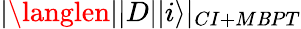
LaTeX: |\langlen||D||i\rangle|_{CI+M\mathit{B}PT}